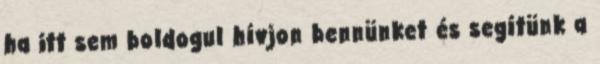
ha itt sem boldogul hívjon bennünket és segítünk a